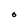
Character: O